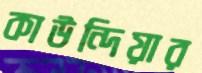
কাউন্দিয়ার